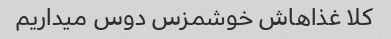
کلا غذاهاش خوشمزس دوس میداریم